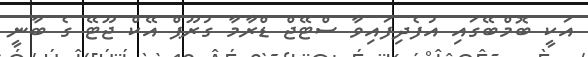
އަކީ ބޮމްބޭގައި އުފެދިފައިވާ ސްޓޭޖް ޑްރާމާ ގުރޫޕް އޭކް ޖޫޓޭ ގެ ބާނީ